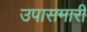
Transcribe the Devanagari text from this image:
उपासमारी